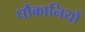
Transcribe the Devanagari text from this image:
धौंकानियों